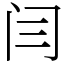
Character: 闫